Report of the Indian Hemp Drugs Commission, 1894-1895 - Volume VII
Year: 1894
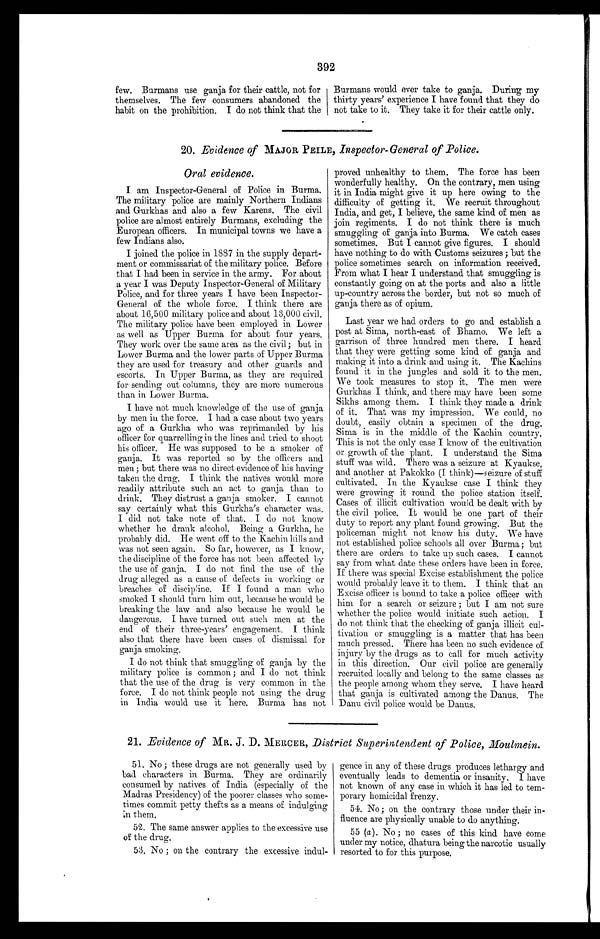
392
few. Burmans use ganja for their cattle, not for
themselves. The few consumers abandoned the
habit on the prohibition. I do not think that the
Burmans would ever take to ganja. During my
thirty years' experience I have found that they do
not take to it. They take it for their cattle only.
20. Evidence of MAJOR PEILE, Inspector-General of Police.
Oral evidence.
I am Inspector-General of Police in Burma.
The military police are mainly Northern Indians
and Gurkhas and also a few Karens. The civil
police are almost entirely Burmans, excluding the
European officers. In municipal towns we have a
few Indians also.
I joined the police in 1887 in the supply depart-
ment or commissariat of the military police. Before
that I had been in service in the army. For about
a year I was Deputy Inspector-General of Military
Police, and for three years I have been Inspector-
General of the whole force. I think there are
about 16,500 military police and about 13,000 civil.
The military police have been employed in Lower
as well as Upper Burma for about four years.
They work over the same area as the civil ; but in
Lower Burma and the lower parts of Upper Burma
they are used for treasury and other guards and
escorts. In Upper Burma, as they are required
for sending out columns, they are more numerous
than in Lower Burma.
I have not much knowledge of the use of ganja
by men in the force. I had a case about two years
ago of a Gurkha who was reprimanded by his
officer for quarrelling in the lines and tried to shoot
his officer. He was supposed to be a smoker of
ganja. It was reported so by the officers and
men ; but there was no direct evidence of his having
taken the drug. I think the natives would more
readily attribute such an act to ganja than to
drink. They distrust a ganja smoker. I cannot
say certainly what this Gurkha's character was.
I did not take note of that. I do not know
whether he drank alcohol. Being a Gurkha, he
probably did. He went off to the Kachin hills and
was not seen again. So far, however, as I know,
the discipline of the force has not been affected by
the use of ganja. I do not find the use of the
drug alleged as a cause of defects in working or
breaches of discipline. If I found a man who
smoked I should turn him out, because he would be
breaking the law and also because he would be
dangerous. I have turned out such men at the
end of their three-years' engagement. I think
also that there have been cases of dismissal for
ganja smoking.
I do not think that smuggling of ganja by the
military police is common ; and I do not think
that the use of the drug is very common in the
force. I do not think people not using the drug
in India would use it here. Burma has not
proved unhealthy to them. The force has been
wonderfully healthy. On the contrary, men using
it in India might give it up here owing to the
difficulty of getting it. We recruit throughout
India, and get, I believe, the same kind of men as
join regiments. I do not think there is much
smuggling of ganja into Burma. We catch cases
sometimes. But I cannot give figures. I should
have nothing to do with Customs seizures ; but the
police sometimes search on information received.
From what I hear I understand that smuggling is
constantly going on at the ports and also a little
up-country across the border, but not so much of
ganja there as of opium.
Last year we had orders to go and establish a
post at Sima, north-east of Bhamo. We left a
garrison of three hundred men there. I heard
that they were getting some kind of ganja and
making it into a drink and using it. The Kachins
found it in the jungles and sold it to the men.
We took measures to stop it. The men were
Gurkhas I think, and there may have been some
Sikhs among them. I think they made a drink
of it. That was my impression. We could, no
doubt, easily obtain a specimen of the drug.
Sima is in the middle of the Kachin country.
This is not the only case I know of the cultivation
or growth of the plant. I understand the Sima
stuff was wild. There was a seizure at Kyaukse,
and another at Pakokko (I think) —seizure of stuff
cultivated. In the Kyaukse case I think they
were growing it round the police station itself.
Cases of illicit cultivation would be dealt with by
the civil police. It would be one part of their
duty to report any plant found growing. But the
policeman might not know his duty. We have
not established police schools all over Burma ; but
there are orders to take up such cases. I cannot
say from what date these orders have been in force.
If there was special Excise establishment the police
would probably leave it to them. I think that an
Excise officer is bound to take a police officer with
him for a search or seizure ; but I am not sure
whether the police would initiate such action. I
do not think that the checking of ganja illicit cul-
tivation or smuggling is a matter that has been
much pressed. There has been no such evidence of
injury by the drugs as to call for much activity
in this direction. Our civil police are generally
recruited locally and belong to the same classes as
the people among whom they serve. I have heard
that ganja is cultivated among the Danus. The
Danu civil police would be Danus.
21. Evidence of MR. J. D. MERCER, District Superintendent of Police, Moulmein.
51. No ; these drugs are not generally used by
bad characters in Burma. They are ordinarily
consumed by natives of India (especially of the
Madras Presidency) of the poorer classes who some-
times commit petty thefts as a means of indulging
in them.
52. The same answer applies to the excessive use
of the drug.
53. No ; on the contrary the excessive indul-
gence in any of these drugs produces lethargy and
eventually leads to dementia or insanity. I have
not known of any case in which it has led to
t e m - p o r a r y h o m i c i d a l f r e n z y .
54. No; on the contrary those under their in-
fluence are physically unable to do anything.
55 (a ). No ; no cases of this kind have come
under my notice, dhatura being the narcotic usually
resorted to for this purpose.